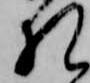
礼